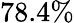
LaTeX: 78.4\%